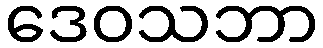
ဒေဝသဘာ